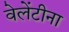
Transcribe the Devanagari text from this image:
वेलेंटीना